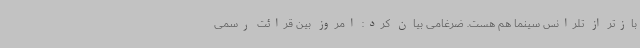
بازتر از تلرانس سینما هم هست. ضرغامی بیان کرد: امروز بین قرائت رسمی